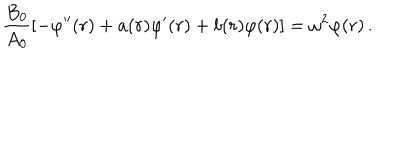
LaTeX: { \frac { B _ { 0 } } { A _ { 0 } } } [ - \varphi ^ { \prime \prime } ( r ) + a ( r ) \varphi ^ { \prime } ( r ) + b ( r ) \varphi ( r ) ] = \omega ^ { 2 } \varphi ( r ) \, .